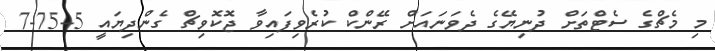
މި މެޗްގެ ސެޓްތަށް ދުނިޔޭގެ ދެވަނައަށް ރޭންކް ކުރެވިފައިވާ ޖޮކޮވިޗް ގެންދިޔައީ 5-75-7